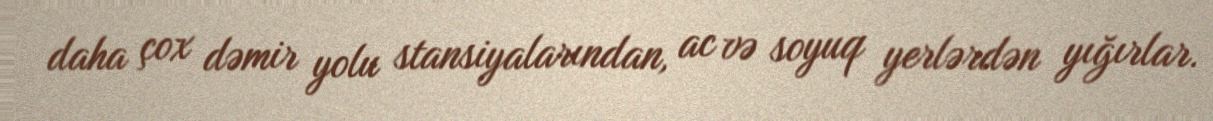
daha çox dəmir yolu stansiyalarından, ac və soyuq yerlərdən yığırlar.